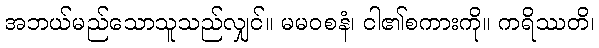
အဘယ်မည်သောသူသည်လျှင်။ မမဝစနံ၊ ငါ၏စကားကို။ ကရိဿတိ၊